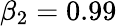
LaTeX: \beta_{2}=0.99